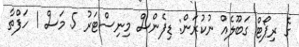
ގެ ރިޕޯޓް ގަބޫލެއް ނުކުރަން: ޑިފެންސް މިނިސްޓަރު 5 މަސް 1 ހަފްތާ